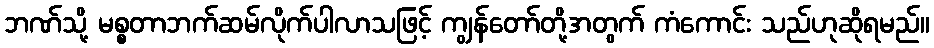
ဘဏ်သို့ မစ္စတာဘက်ဆမ်လိုက်ပါလာသဖြင့် ကျွန်တော်တို့အတွက် ကံကောင်း သည်ဟုဆိုရမည်။